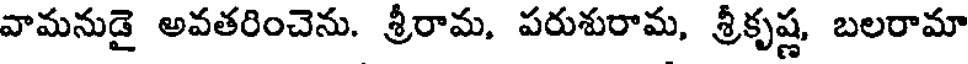
వామనుడై అవతరించెను. శ్రీరామ, పరుశురామ, శ్రీకృష్ణ, బలరామా